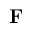
\mathbf { F }